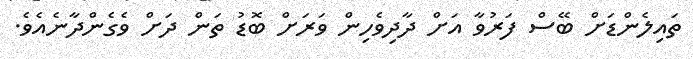
ތައިލެންޑަށް ބޭސް ފަރުވާ އަށް ދާދިވެހިން ވަރަށް ބޮޑު ތަން ދަށް ވެގެންދާނެއެވެ.